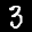
Label: 3